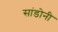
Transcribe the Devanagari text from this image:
सांडोनी